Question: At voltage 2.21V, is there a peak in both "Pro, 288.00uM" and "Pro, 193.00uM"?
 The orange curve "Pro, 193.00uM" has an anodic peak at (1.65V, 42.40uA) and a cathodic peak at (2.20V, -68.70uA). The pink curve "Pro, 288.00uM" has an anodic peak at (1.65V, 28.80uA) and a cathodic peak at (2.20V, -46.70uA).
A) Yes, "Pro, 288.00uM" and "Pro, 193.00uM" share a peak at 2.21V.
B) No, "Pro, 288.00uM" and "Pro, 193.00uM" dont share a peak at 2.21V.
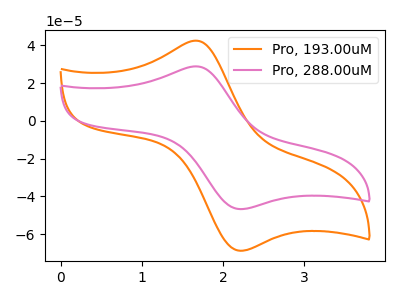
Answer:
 <answer>A) Yes, "Pro, 288.00uM" and "Pro, 193.00uM" share a peak at 2.21V.</answer>
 <eval>A</eval>